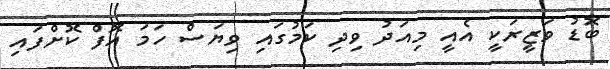
ބޮޑު ވަޒީރަކީ އެއީ މިއަދު ވިދި ކަމުގައި ވިޔަސް ހަމަ އޮފް ކޮށްފައި